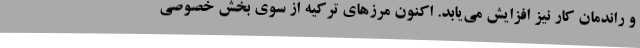
و راندمان کار نیز افزایش می‌یابد. اکنون مرزهای ترکیه از سوی بخش خصوصی